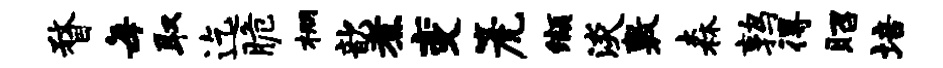
瞀每取迄脆棚歆煮变篪缬淡敷森鹑得昭培